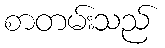
စာတမ်းသည်